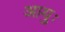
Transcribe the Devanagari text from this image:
आयुः